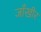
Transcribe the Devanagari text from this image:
जाँखीर